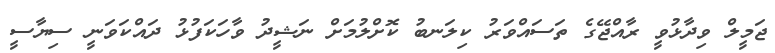
ޖަމީލް ވިދާޅުވީ ރާއްޖޭގެ ތަސައްވަރު ކިލަނބު ކޮށްލުމަށް ނަޝީދު ވާހަކަފުޅު ދައްކަވަނީ ސިޔާސީ